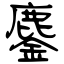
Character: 鏖